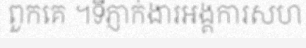
ពួកគេ ។ទីភ្ញាក់ងារអង្គការសហ